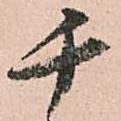
千